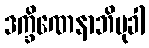
ဒက္ခိဏေနာဘိမုခါ